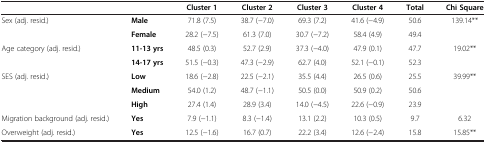
<table><thead><tr><td><b> </b></td><td><b> </b></td><td><b>Cluster 1</b></td><td><b>Cluster 2</b></td><td><b>Cluster 3</b></td><td><b>Cluster 4</b></td><td><b>Total</b></td><td><b>Chi Square</b></td></tr></thead><tbody><tr><td rowspan="2">Sex (adj. resid.)</td><td><b>Male</b></td><td>71.8 (7.5)</td><td>38.7 (−7.0)</td><td>69.3 (7.2)</td><td>41.6 (−4.9)</td><td>50.6</td><td rowspan="2">139.14**</td></tr><tr><td><b>Female</b></td><td>28.2 (−7.5)</td><td>61.3 (7.0)</td><td>30.7 (−7.2)</td><td>58.4 (4.9)</td><td>49.4</td></tr><tr><td rowspan="2">Age category (adj. resid.)</td><td><b>11-13 yrs</b></td><td>48.5 (0.3)</td><td>52.7 (2.9)</td><td>37.3 (−4.0)</td><td>47.9 (0.1)</td><td>47.7</td><td rowspan="2">19.02**</td></tr><tr><td><b>14-17 yrs</b></td><td>51.5 (−0.3)</td><td>47.3 (−2.9)</td><td>62.7 (4.0)</td><td>52.1 (−0.1)</td><td>52.3</td></tr><tr><td rowspan="3">SES (adj. resid.)</td><td><b>Low</b></td><td>18.6 (−2.8)</td><td>22.5 (−2.1)</td><td>35.5 (4.4)</td><td>26.5 (0.6)</td><td>25.5</td><td rowspan="3">39.99**</td></tr><tr><td><b>Medium</b></td><td>54.0 (1.2)</td><td>48.7 (−1.1)</td><td>50.5 (0.0)</td><td>50.9 (0.2)</td><td>50.6</td></tr><tr><td><b>High</b></td><td>27.4 (1.4)</td><td>28.9 (3.4)</td><td>14.0 (−4.5)</td><td>22.6 (−0.9)</td><td>23.9</td></tr><tr><td>Migration background (adj. resid.)</td><td><b>Yes</b></td><td>7.9 (−1.1)</td><td>8.3 (−1.4)</td><td>13.1 (2.2)</td><td>10.3 (0.5)</td><td>9.7</td><td>6.32</td></tr><tr><td>Overweight (adj. resid.)</td><td><b>Yes</b></td><td>12.5 (−1.6)</td><td>16.7 (0.7)</td><td>22.2 (3.4)</td><td>12.6 (−2.4)</td><td>15.8</td><td>15.85**</td></tr></tbody></table>